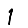
Digit: 1